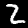
Label: 2